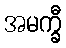
အမက္ခီ